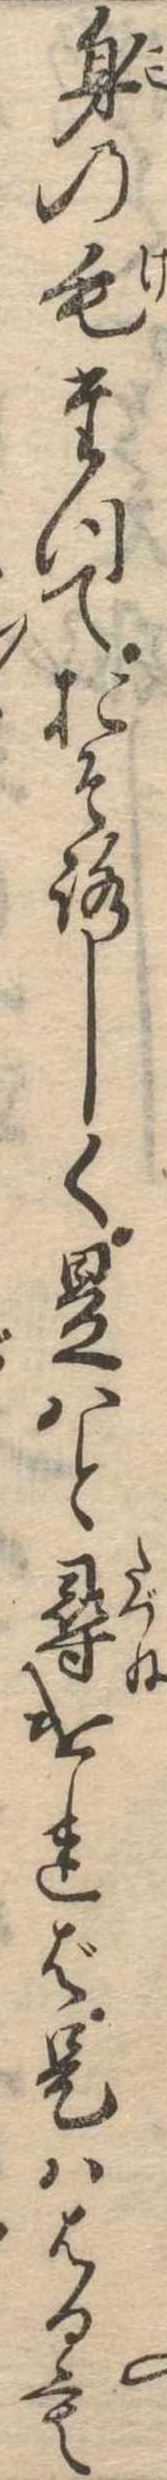
身の毛たつておそろしく是はと尋ければ是ははるも